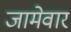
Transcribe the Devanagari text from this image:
जामेवार